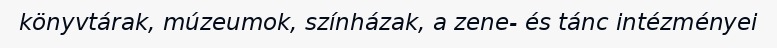
könyvtárak, múzeumok, színházak, a zene- és tánc intézményei